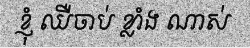
ខ្ញុំ ឈឺចាប់ ខ្លាំង ណាស់